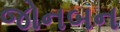
જોનબન